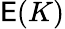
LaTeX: \mathsf{E}(K)